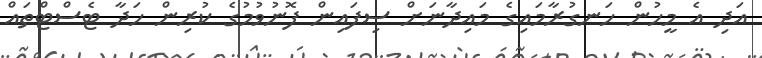
އަދި އެ މީހުން ހަނގުރާމައިގެ މައިދާނަށް ސިފައިން ފޮނުވުމުގެ ކުރިން ހަދާ ޓެސްޓްތައް